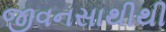
જીવનસાથીથી